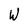
Character: W